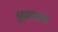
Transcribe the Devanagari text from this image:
धुळधाण